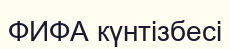
ФИФА күнтізбесі